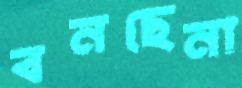
বনছেনা